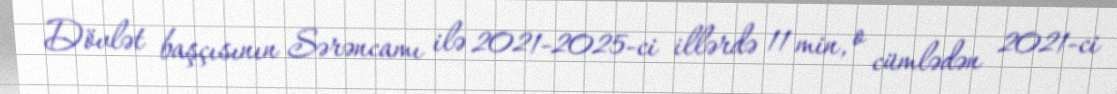
Dövlət başçısının Sərəncamı ilə 2021-2025-ci illərdə 11 min, o cümlədən 2021-ci